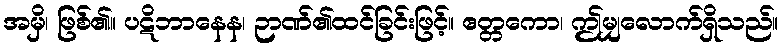
အမှိ၊ ဖြစ်၏။ ပဋိဘာနေန၊ ဉာဏ်၏ထင်ခြင်းဖြင့်။ ဧတ္တကော၊ ဤမျှလောက်ရှိသည်။